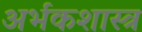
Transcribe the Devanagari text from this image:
अर्भकशास्त्र